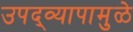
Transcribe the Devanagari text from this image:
उपद्व्यापामुळे